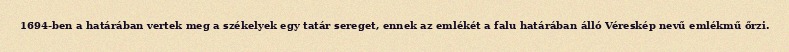
1694-ben a határában vertek meg a székelyek egy tatár sereget, ennek az emlékét a falu határában álló Véreskép nevű emlékmű őrzi.